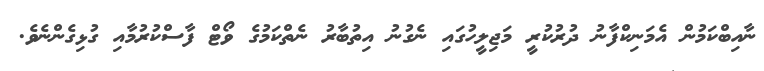
ނާއިބްކަމުން އެމަނިކްފާނު ދުރުކުރީ މަޖިލީހުގައި ނެގުނު އިތުބާރު ނެތްކަމުގެ ވޯޓް ފާސްކުރުމާއި ގުޅިގެންނެވެ.